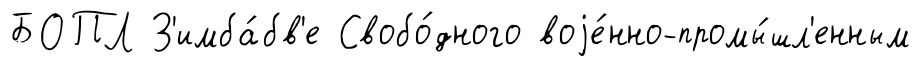
БОПЛ З'имба́бв'е Свобо́дного воjе́нно-промы́шл'енным